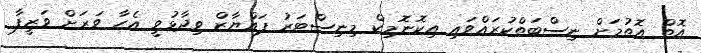
އޮތް އޮތުމަށް ނިސްބަތްކުރައްވައި އިކޮނޮމިކް މިނިސްޓަރު ފައްޔާޒް ވިދާޅުވީ އެހާ ވަރަށް ވަޒީފާ